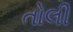
તોલી